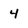
Character: 4